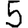
Digit: 5